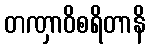
တဏှာဝိစရိတာနိ